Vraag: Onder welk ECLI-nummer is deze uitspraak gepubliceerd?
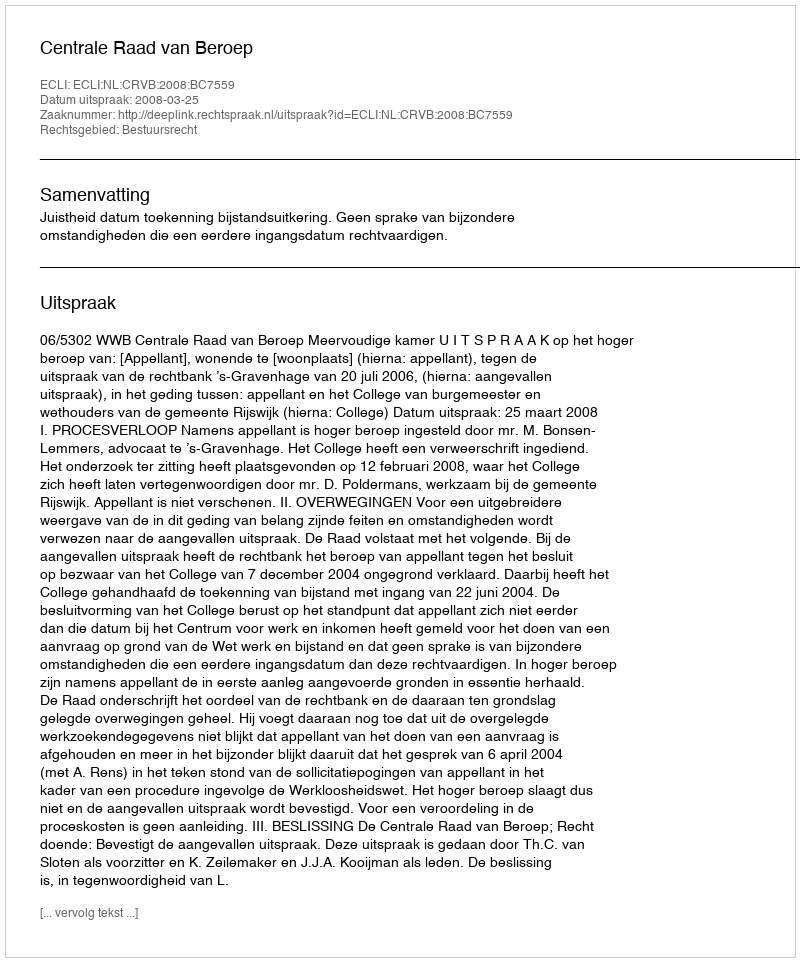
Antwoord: ECLI:NL:CRVB:2008:BC7559